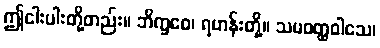
ဤငါးပါးတို့တည်း။ ဘိက္ခဝေ၊ ရဟန်းတို့။ သမဝတ္ထဝါသေ၊